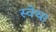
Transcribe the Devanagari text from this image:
स्वेथा